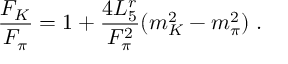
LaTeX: \frac { F _ { K } } { F _ { \pi } } = 1 + \frac { 4 L _ { 5 } ^ { r } } { F _ { \pi } ^ { 2 } } ( m _ { K } ^ { 2 } - m _ { \pi } ^ { 2 } ) \; .